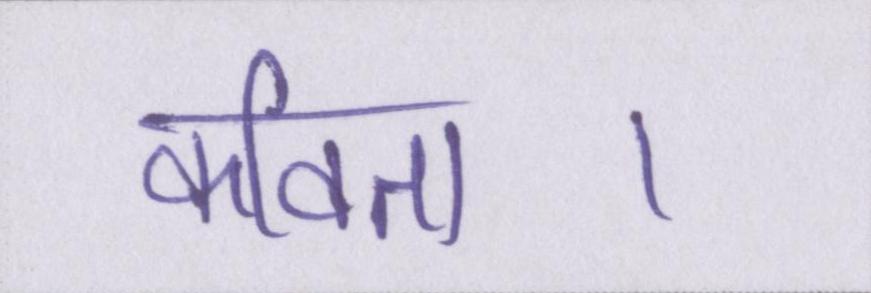
कविता।